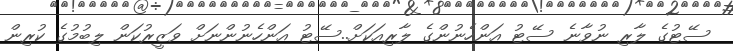
ސޭޓުގެ ލާރި ނުވާނެ ސޭޓު އަންހެނުންގެ ލާރިއަކަށް..ސޭޓު އަންހެނުންނަށް ވަޒީރުކަން ލިބުމުގެ ކުރިން